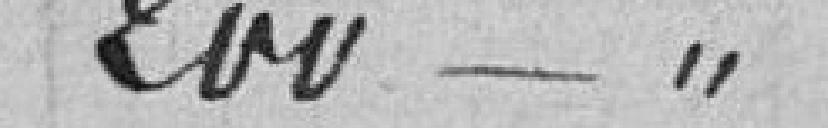
200